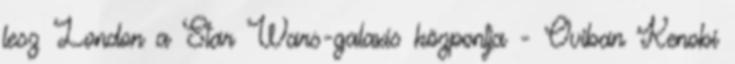
lesz London a Star Wars-galaxis központja - Oviban Kenobi